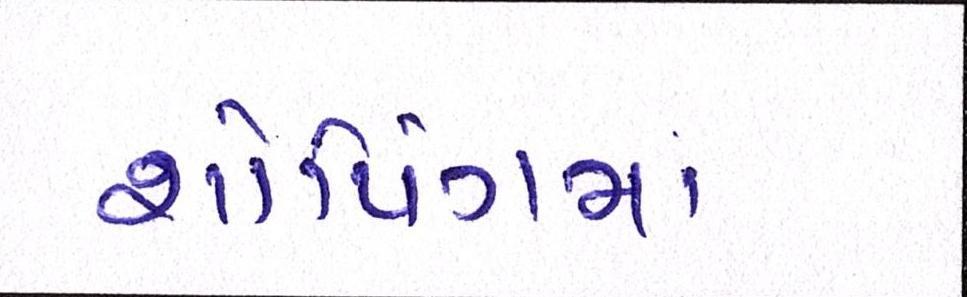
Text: શોપિંગમાં